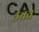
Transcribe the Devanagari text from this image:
ठेचत